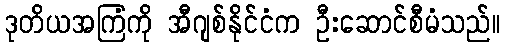
ဒုတိယအကြံကို အီဂျစ်နိုင်ငံက ဦးဆောင်စီမံသည်။